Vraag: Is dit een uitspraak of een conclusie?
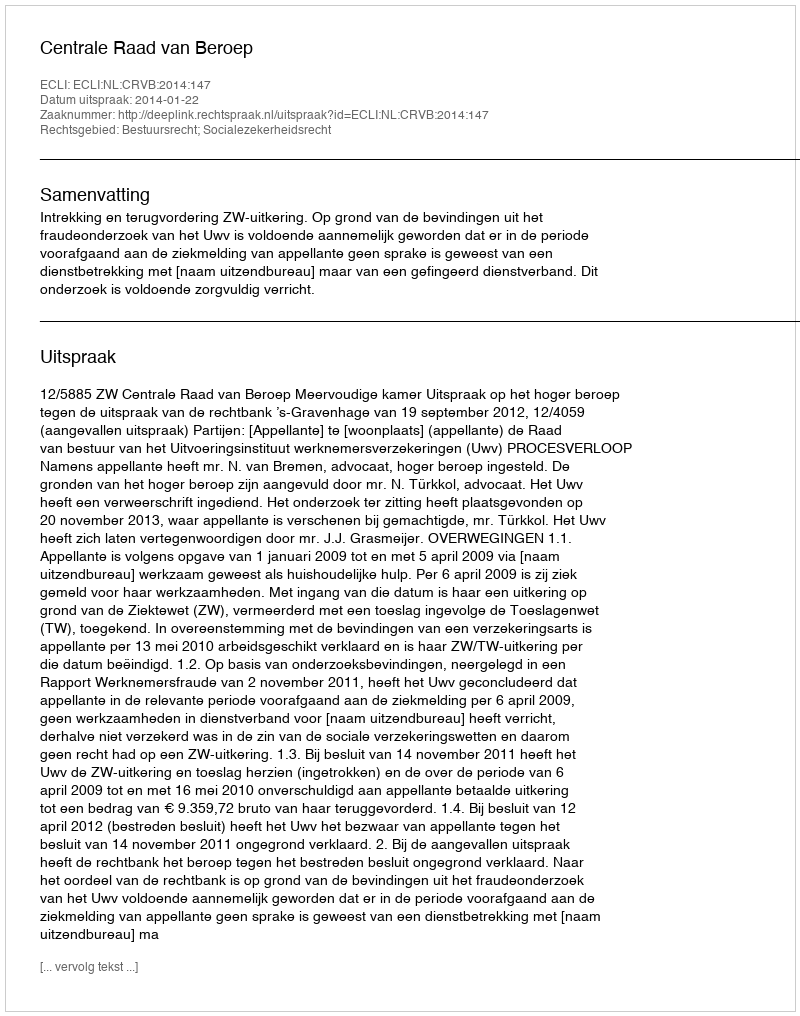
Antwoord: Uitspraak